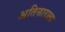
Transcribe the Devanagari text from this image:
अतिसाराला